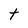
Character: t